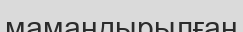
мамандырылған